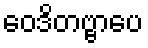
ဝေဒိတဗ္ဗာပေ